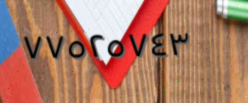
٧٧٥٢٥٧٤٣